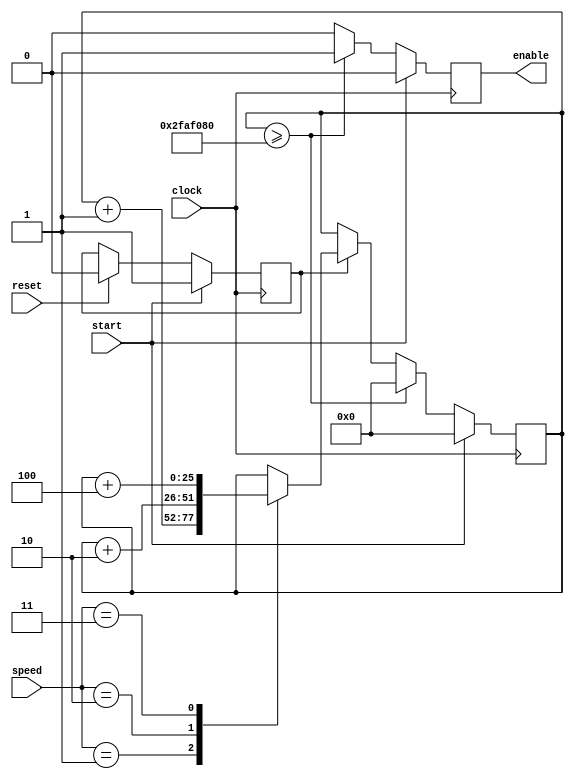
module RateDivider
#(parameter CLOCK_FREQUENCY = 50000000) (
    input clock, 
    input reset,
    input start, 
    input [1:0] speed,
    
    //speed = 1 -> 1 sec
    //speed = 2 -> 0.5 sec
    //speed = 3 -> 0.25 sec
    // NOTE THAT speed must be held for the divider to work!

    output reg enable
);

    reg [25:0] count;
    reg counting;
    always@(posedge clock)
    begin
	    enable <= 1'b0;
        if(reset==1'b1) 
            counting <= 1'b0;
        if(start==1'b1) begin
            count <= 26'd0;
            counting <= 1'b1; //Start counting
        end
        else if(count>=CLOCK_FREQUENCY) begin
            count <= 26'd0;
			enable <= 1'b1;
        end
        else if(counting==1'b1) begin
            case(speed)
                2'd1: count <= count + 26'd1;
                2'd2: count <= count + 26'd2;
                2'd3: count <= count + 26'd4;
                default: count <= count;
            endcase
        end
    end
endmodule